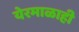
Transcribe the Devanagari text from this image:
येरमाळाही